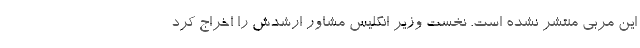
این مربی منتشر نشده است. نخست وزیر انگلیس مشاور ارشدش را اخراج کرد